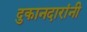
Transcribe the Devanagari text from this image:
दुकानदारांनी